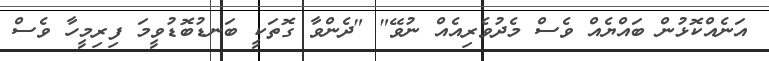
އަނެއްކޮޅުން ބައްޔެއް ވެސް މެދުވެރިއެއް ނުވޭ" "ދެންވާ ގޮތަކީ ބަނޑުބޮޑުވީމަ ފިރިމީހާ ވެސް